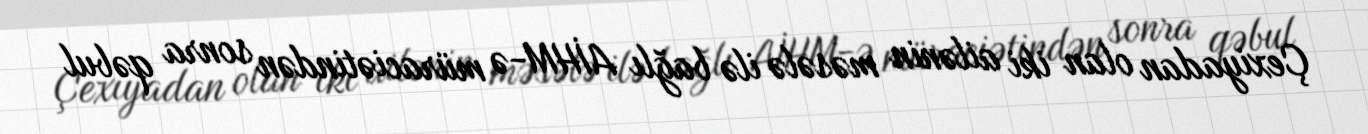
Çexiyadan olan iki ailənin məsələ ilə bağlı AİHM-ə müraciətindən sonra qəbul